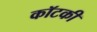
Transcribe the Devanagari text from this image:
कॉटकी